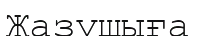
Жазушыға